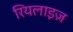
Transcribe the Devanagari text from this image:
रियलाइज़